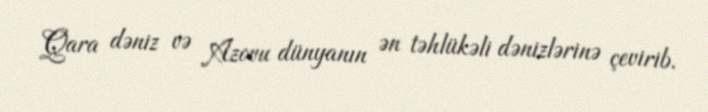
Qara dəniz və Azovu dünyanın ən təhlükəli dənizlərinə çevirib.